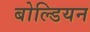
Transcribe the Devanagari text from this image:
बोल्डियन